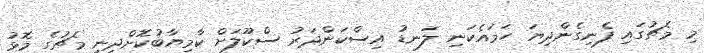
މި މެޗުގައި ފެނިގެންދިޔަ ހަމައެކަނި ލަނޑު އިސްކަންދަރު ސްކޫލަށް ކާމިޔާބުކޮށްދިނީ މެޗުގެ މޮޅު